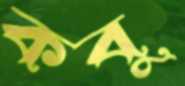
কবু